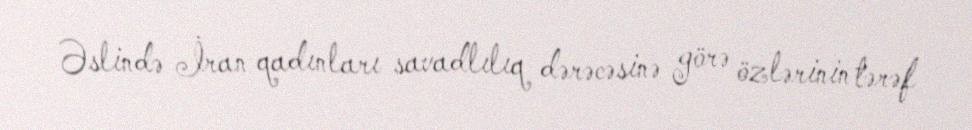
Əslində İran qadınları savadlılıq dərəcəsinə görə özlərinin tərəf